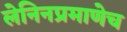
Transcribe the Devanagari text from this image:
लेनिनप्रमाणेच